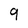
Character: 9